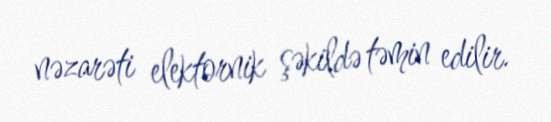
nəzarəti elektornik şəkildə təmin edilir.